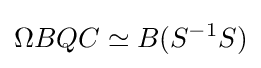
\Omega BQC\simeq B(S^{-1}S)